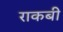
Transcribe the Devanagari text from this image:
राकबी